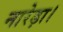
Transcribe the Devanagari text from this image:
नारेड़ा।